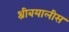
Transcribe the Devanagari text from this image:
श्रीबयालीस